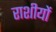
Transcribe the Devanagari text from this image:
राशीयों